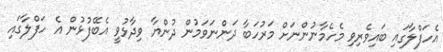
އެހަފްލާގައި ބައިވެރިވި މެހެމާނުންނަށް މަރުހަބާ ދަންނަވަމުން ދުންޔާ ވިދާޅުވީ އެބޭފުޅުން އެ ހަފްލާގައި